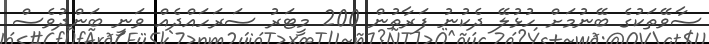
ސާވޭތަކުގެ ބޭނުމަށް ހުޅުލޭ ދެކުނު ފަރާތުން 200 މީޓަރު ސަރަހައްދެއް ވަނީ ބަންދުވެސް